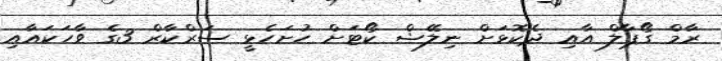
ރާމް ގޯޕާލް އާއި ދެކޮޅަށް ނިލޭޝް ކޯޓަށް ހުށަހެޅީ ސަރްކާރް 3ގެ ވާހަކައާއި